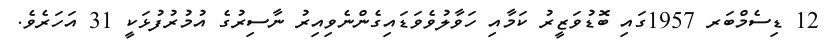
12 ޑިސެމްބަރ 1957ގައި ބޮޑުވަޒީރު ކަމާއި ހަވާލުވެވަޑައިގެންނެވިއިރު ނާސިރުގެ އުމުރުފުޅަކީ 31 އަހަރެވެ.